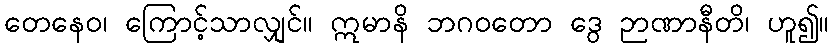
တေနေဝ၊ ကြောင့်သာလျှင်။ ဣမာနိ ဘဂဝတော ဒွေ ဉာဏာနီတိ၊ ဟူ၍။